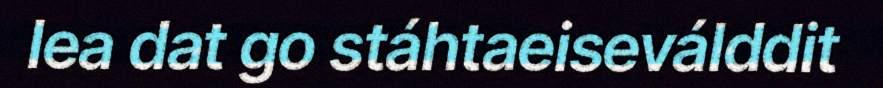
lea dat go stáhtaeiseválddit